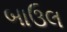
બાઉલ